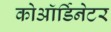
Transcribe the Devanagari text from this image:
कोऑर्डिनेटर